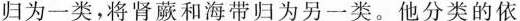
归为一类，将肾蕨和海带归为另一类。他分类的依